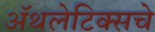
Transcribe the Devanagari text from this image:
अॅथलेटिक्सचे